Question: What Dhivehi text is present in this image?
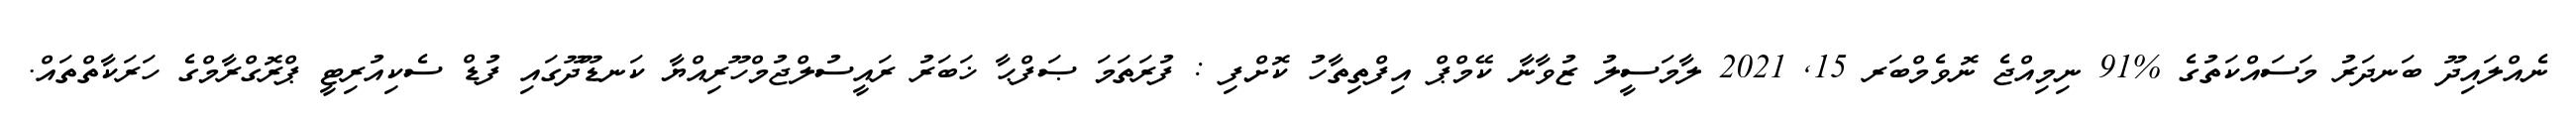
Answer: ނެއްލައިދޫ ބަނދަރު މަސައްކަތުގެ %91 ނިމިއްޖެ ނޮވެމްބަރ 15, 2021 ލާމަސީލު ޒުވާނާ ކޭމްޕް އިފްތިތާހު ކޮށްފި : ފުރަތަމަ ޞަފްޙާ ޚަބަރު ރައީސުލްޖުމްހޫރިއްޔާ ކަނޑޫދޫގައި ފުޑް ސެކިއުރިޓީ ޕްރޮގްރާމްގެ ހަރަކާތްތައް.